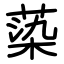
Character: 蒅